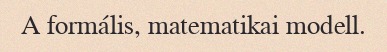
A formális, matematikai modell.